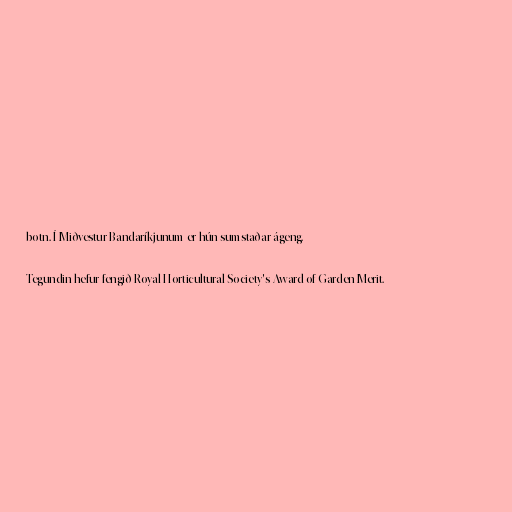
botn. Í Miðvestur Bandaríkjunum er hún sumstaðar ágeng.

Tegundin hefur fengið Royal Horticultural Society's Award of Garden Merit.